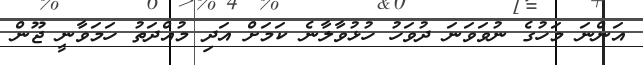
އަންނަ މަހުގެ ނުވަވަނަ ދުވަހު ހުޅުވާލާނެ ކަމަށް އަދި މުއްދަތު ހަމަވާނީ ޖޫން